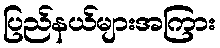
ပြည်နယ်များအကြား